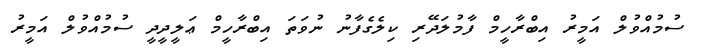
ސުމުއްވުލް އަމީރު އިބްރާހީމް ފާމުލަދޭރި ކިލެގެފާނު ނުވަތަ އިބްރާހީމް ޢަލީދީދީ ސުމުއްވުލް އަމީރު